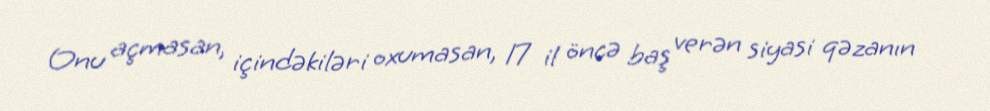
Onu açmasan, içindəkiləri oxumasan, 17 il öncə baş verən siyasi qəzanın